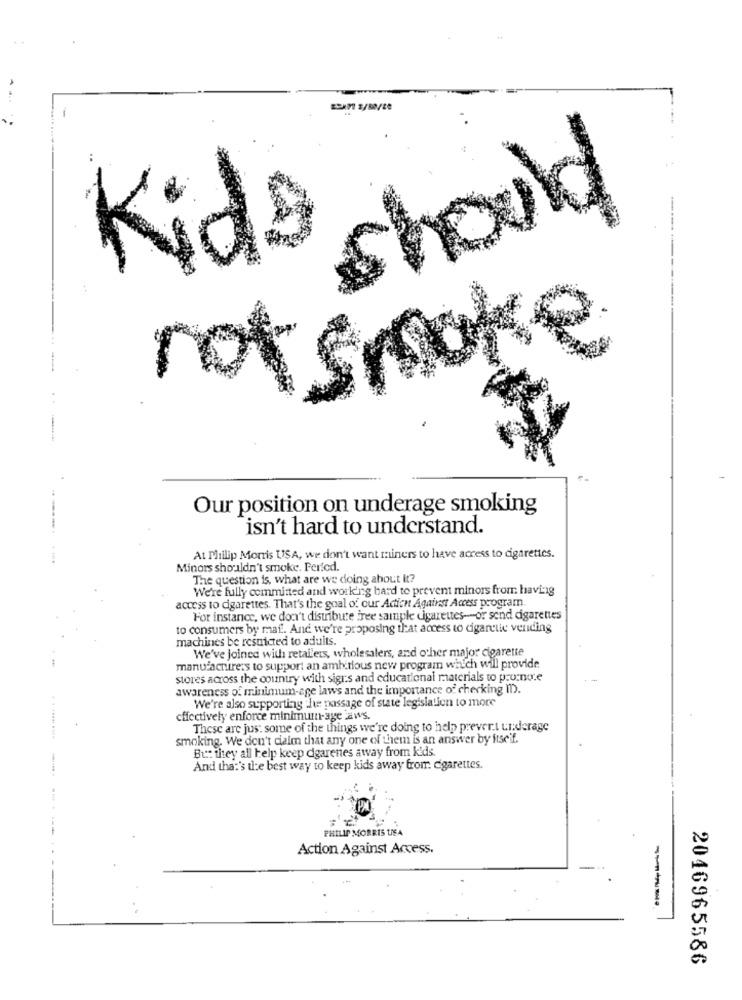
hould
Kids
not smoke
Our position on underage smoking
isn't hard to understand.
At Philip Morris USA, we don't want miners to have access to cigarettes.
Minors shouldn't smoke. Period.
The question is, what are we doing about it?
We're fully committed and working bard to prevent minors from havi-ig
access to cigarettes. That's the goal of our Adich Against Access program.
For instance, we don't distribute free sample cigarettes -- or send cigarettes
to consumers by maf .. And we're proposing that access to cigarette vending
machines be resnicted to aduits.
We've joined with retailers, wholesalers, and other major cigarette
manufacturers to support an ambitious new program which will provide
stores across the country with sigrs and educational materials to pronote
awareness of minimum-age laws and the importance of checking m).
We're also supporting The passage of state legislation to more
effectively enforce minimumn-age aws.
These are just some of the things we're doing to help prevert underage
smoking. We don't daim that any one of them is an answer by itself.
Bu: they all help keep dgarenes away from kids.
And that's the best way to keep kids away from cigarettes.
PHILIP MORRIS USA
Action Against Access.
----
2046965586